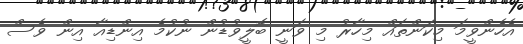
އެހެންވީމަ މިކަންތައް މިހާރު މި ވަނީ ބޮލީވުޑުން ނުކުމެ އިންޑިއާ އިން ވެސް